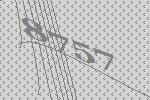
8757